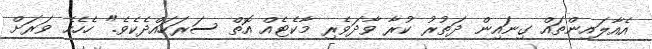
އެއާލައިންތައް ގިނައިން ދަތުރު ކުރާ ވާދަވެރި މާކެޓެއް އޮތް ސަރަހައްދެކެވެ." ހެހެހެ ވަރަށް